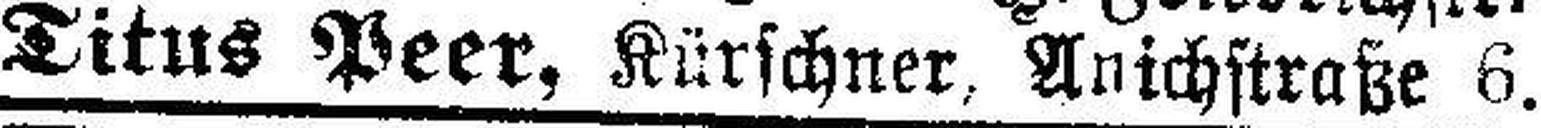
Titus Peer, Kürschner, Anichstraße 6.